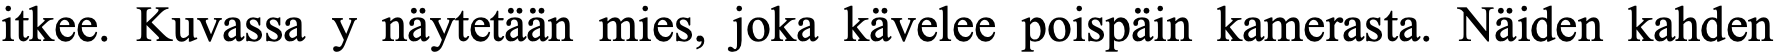
itkee. Kuvassa y näytetään mies, joka kävelee poispäin kamerasta. Näiden kahden